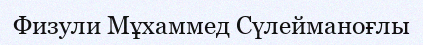
Физули Мұхаммед Сүлейманоғлы